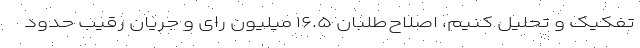
تفکیک و تحلیل کنیم، اصلاح‌طلبان ۱۶.۵ میلیون رای و جریان رقیب حدود